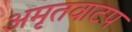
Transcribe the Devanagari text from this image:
अमृतवाटप